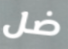
ضل